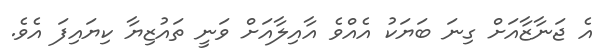
އެ ޖަނާޒާއަށް ގިނަ ބަޔަކު އެއްވެ އާއިލާއަށް ވަނީ ތައުޒިޔާ ކިޔައިފަ އެވެ.